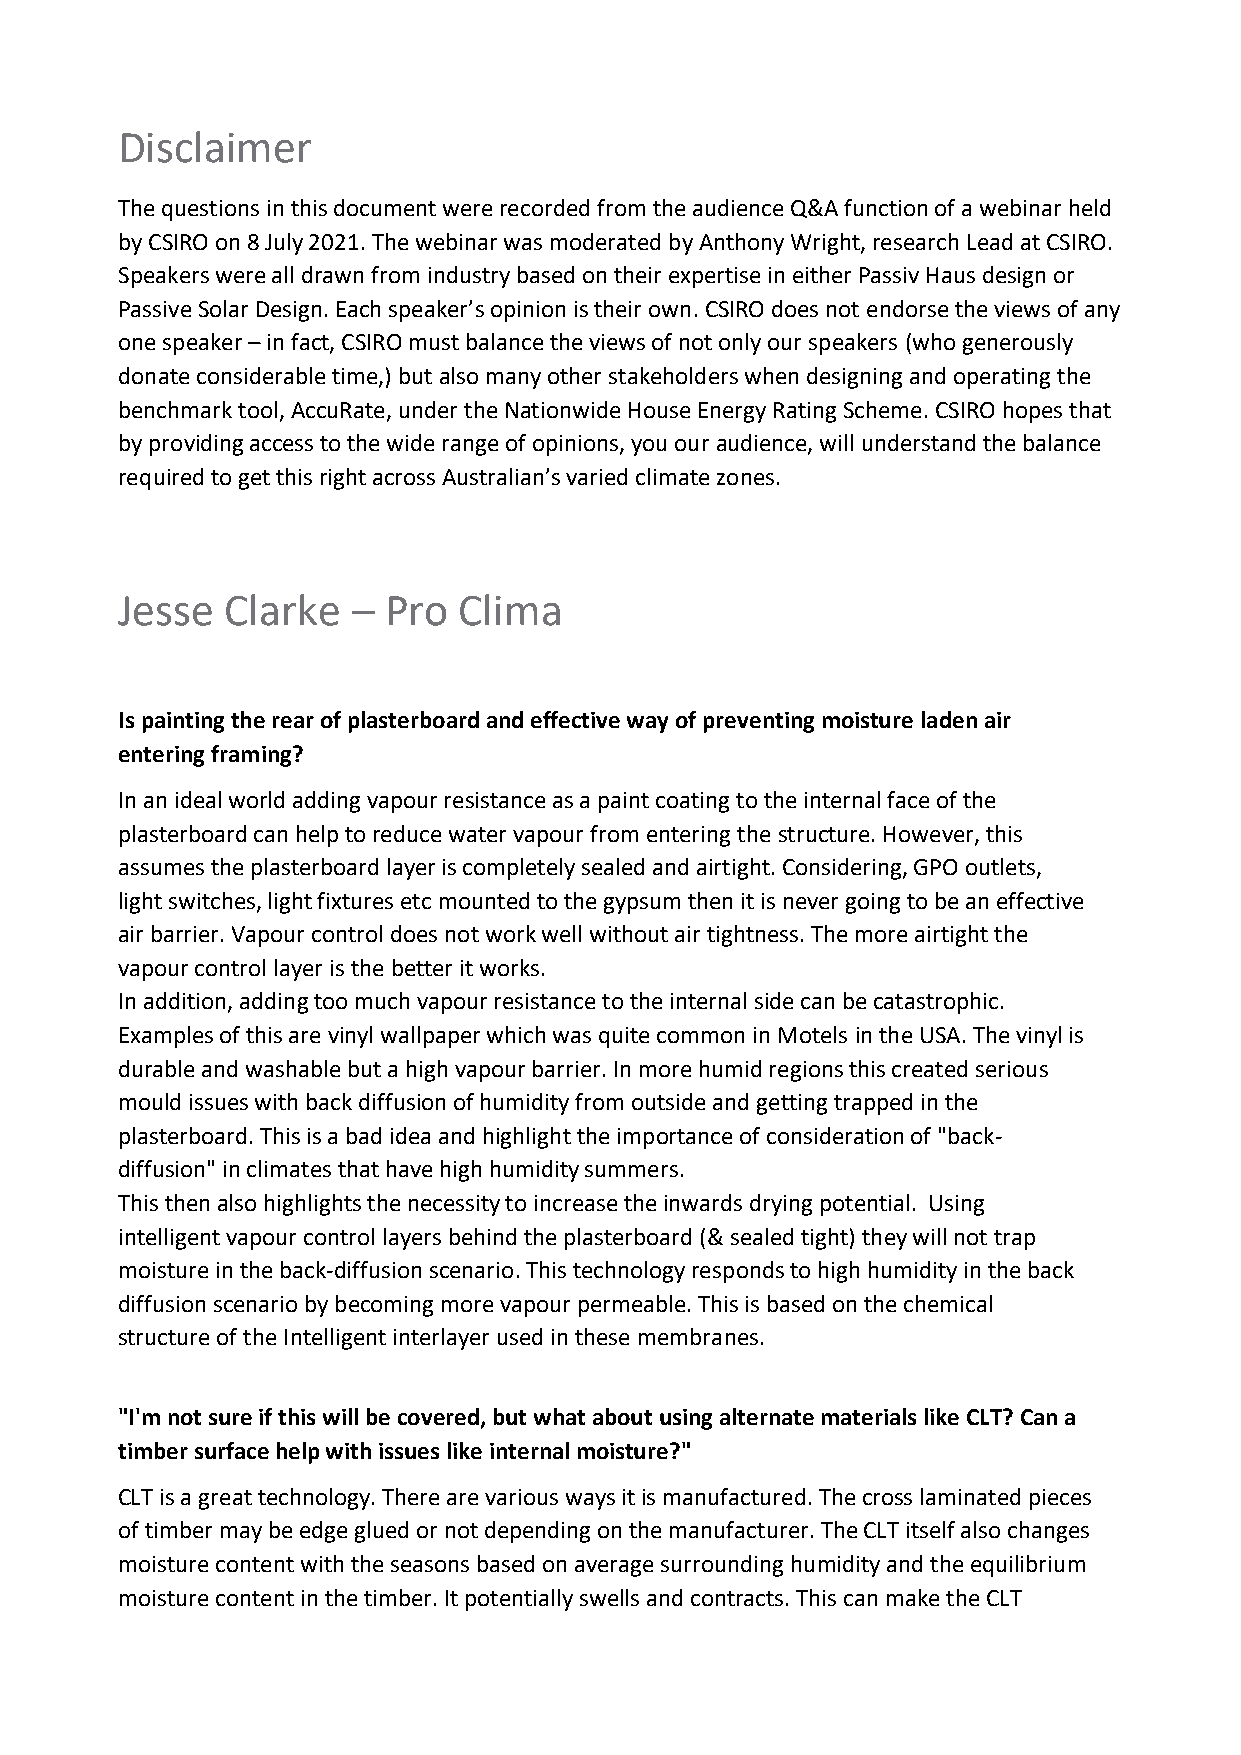
Disclaimer
 The questions in this document were recorded from the audience Q&A function of a webinar held
 by CSIRO on 8 July 2021. The webinar was moderated by Anthony Wright, research Lead at CSIRO.
 Speakers were all drawn from industry based on their expertise in either Passiv Haus design or
 Passive Solar Design. Each speaker’s opinion is their own. CSIRO does not endorse the views of any
 one speaker – in fact, CSIRO must balance the views of not only our speakers (who generously
 donate considerable time,) but also many other stakeholders when designing and operating the
 benchmark tool, AccuRate, under the Nationwide House Energy Rating Scheme. CSIRO hopes that
 by providing access to the wide range of opinions, you our audience, will understand the balance
 required to get this right across Australian’s varied climate zones.
 Jesse  Clarke  – Pro  Clima
 Is painting the rear of plasterboard and effective way of preventing moisture laden air
 entering framing?
 In an ideal world adding vapour resistance as a paint coating to the internal face of the
 plasterboard can help to reduce water vapour from entering the structure. However, this
 assumes the plasterboard layer is completely sealed and airtight. Considering, GPO outlets,
 light switches, light fixtures etc mounted to the gypsum then it is never going to be an effective
 air barrier. Vapour control does not work well without air tightness. The more airtight the
 vapour control layer is the better it works.
 In addition, adding too much vapour resistance to the internal side can be catastrophic.
 Examples of this are vinyl wallpaper which was quite common in Motels in the USA. The vinyl is
 durable and washable but a high vapour barrier. In more humid regions this created serious
 mould issues with back diffusion of humidity from outside and getting trapped in the
 plasterboard. This is a bad idea and highlight the importance of consideration of "back-
 diffusion" in climates that have high humidity summers.
 This then also highlights the necessity to increase the inwards drying potential. Using
 intelligent vapour control layers behind the plasterboard (& sealed tight) they will not trap
 moisture in the back-diffusion scenario. This technology responds to high humidity in the back
 diffusion scenario by becoming more vapour permeable. This is based on the chemical
 structure of the Intelligent interlayer used in these membranes.
 "I'm not sure if this will be covered, but what about using alternate materials like CLT? Can a
 timber surface help with issues like internal moisture?"
 CLT is a great technology. There are various ways it is manufactured. The cross laminated pieces
 of timber may be edge glued or not depending on the manufacturer. The CLT itself also changes
 moisture content with the seasons based on average surrounding humidity and the equilibrium
 moisture content in the timber. It potentially swells and contracts. This can make the CLT